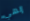
إلهي